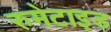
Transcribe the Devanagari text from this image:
रुमेटाइड